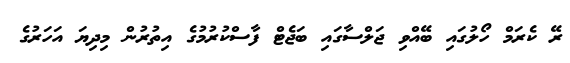
ރޭ ކެރަމް ހޯލުގައި ބޭއްވި ޖަލްސާގައި ބަޖެޓް ފާސްކުރުމުގެ އިތުރުން މިދިޔަ އަހަރުގެ